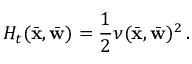
{ \cal H } _ { t } ( \bar { \bf x } , \bar { \bf w } ) = \frac { 1 } { 2 } \nu ( \bar { \bf x } , \bar { \bf w } ) ^ { 2 } \, .